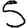
Digit: 5